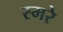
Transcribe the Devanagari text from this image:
स्मरे